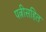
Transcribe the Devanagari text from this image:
पत्नीसहित